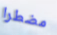
مضطرا